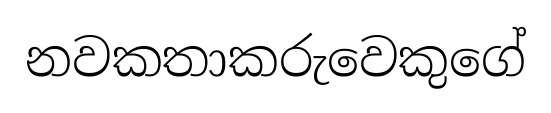
නවකතාකරුවෙකුගේ